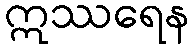
ဣဿရေန